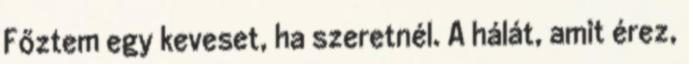
Főztem egy keveset, ha szeretnél. A hálát, amit érez,